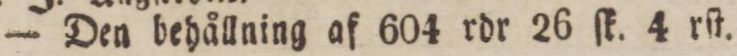
— Den behållning af 604 rdr 26 ſk. 4 rſt.